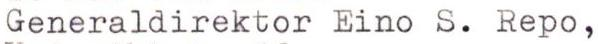
Generaldirektor Eino S. Repo,